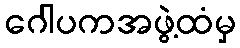
ဂေါပကအဖွဲ့ထံမှ